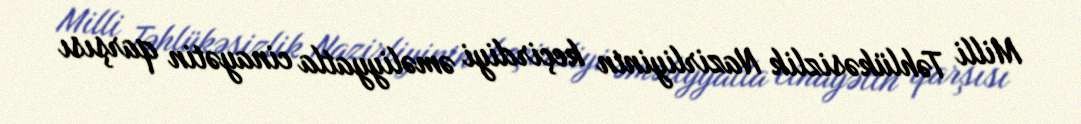
Milli Təhlükəsizlik Nazirliyinin keçirdiyi əməliyyatla cinayətin qarşısı